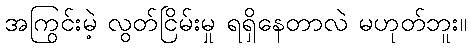
အကြွင်းမဲ့ လွတ်ငြိမ်းမှု ရရှိနေတာလဲ မဟုတ်ဘူး။